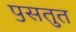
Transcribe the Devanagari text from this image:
पॖसतुत